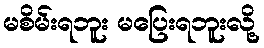
မစိမ်းရဘူး မပြေးရဘူးလို့